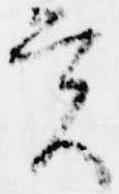
実